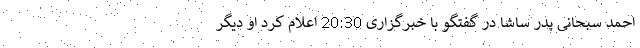
احمد سبحانی پدر ساشا در گفتگو با خبرگزاری 20:30 اعلام کرد او دیگر